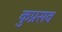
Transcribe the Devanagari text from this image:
कुप्रसव